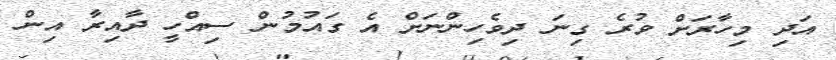
އަދި މިހާރަށް ވުރެ ގިނަ ދިވެހިންނަށް އެ ގައުމުން ސިއްހީ ދާއިރާ އިން